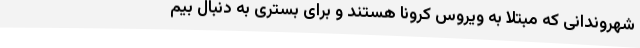
شهروندانی که مبتلا به ویروس کرونا هستند و برای بستری به دنبال بیم